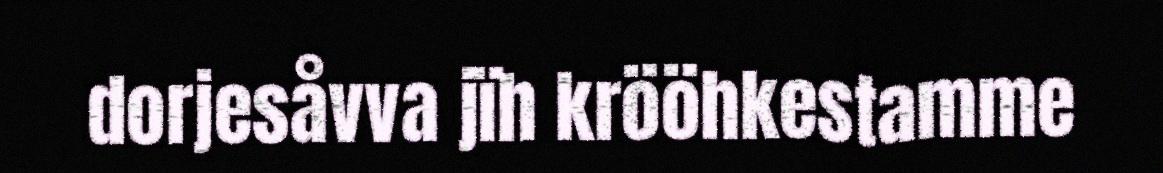
dorjesåvva jïh krööhkestamme